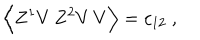
\Big \langle Z ^ { 1 } V \, Z ^ { 2 } V \, V \Big \rangle = c _ { 1 2 } \ ,